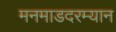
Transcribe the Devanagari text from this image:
मनमाडदरम्यान